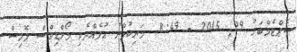
ސެޕްޓެމްބަރު 29